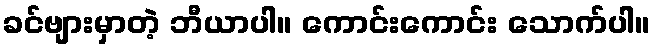
ခင်ဗျားမှာတဲ့ ဘီယာပါ။ ကောင်းကောင်း သောက်ပါ။